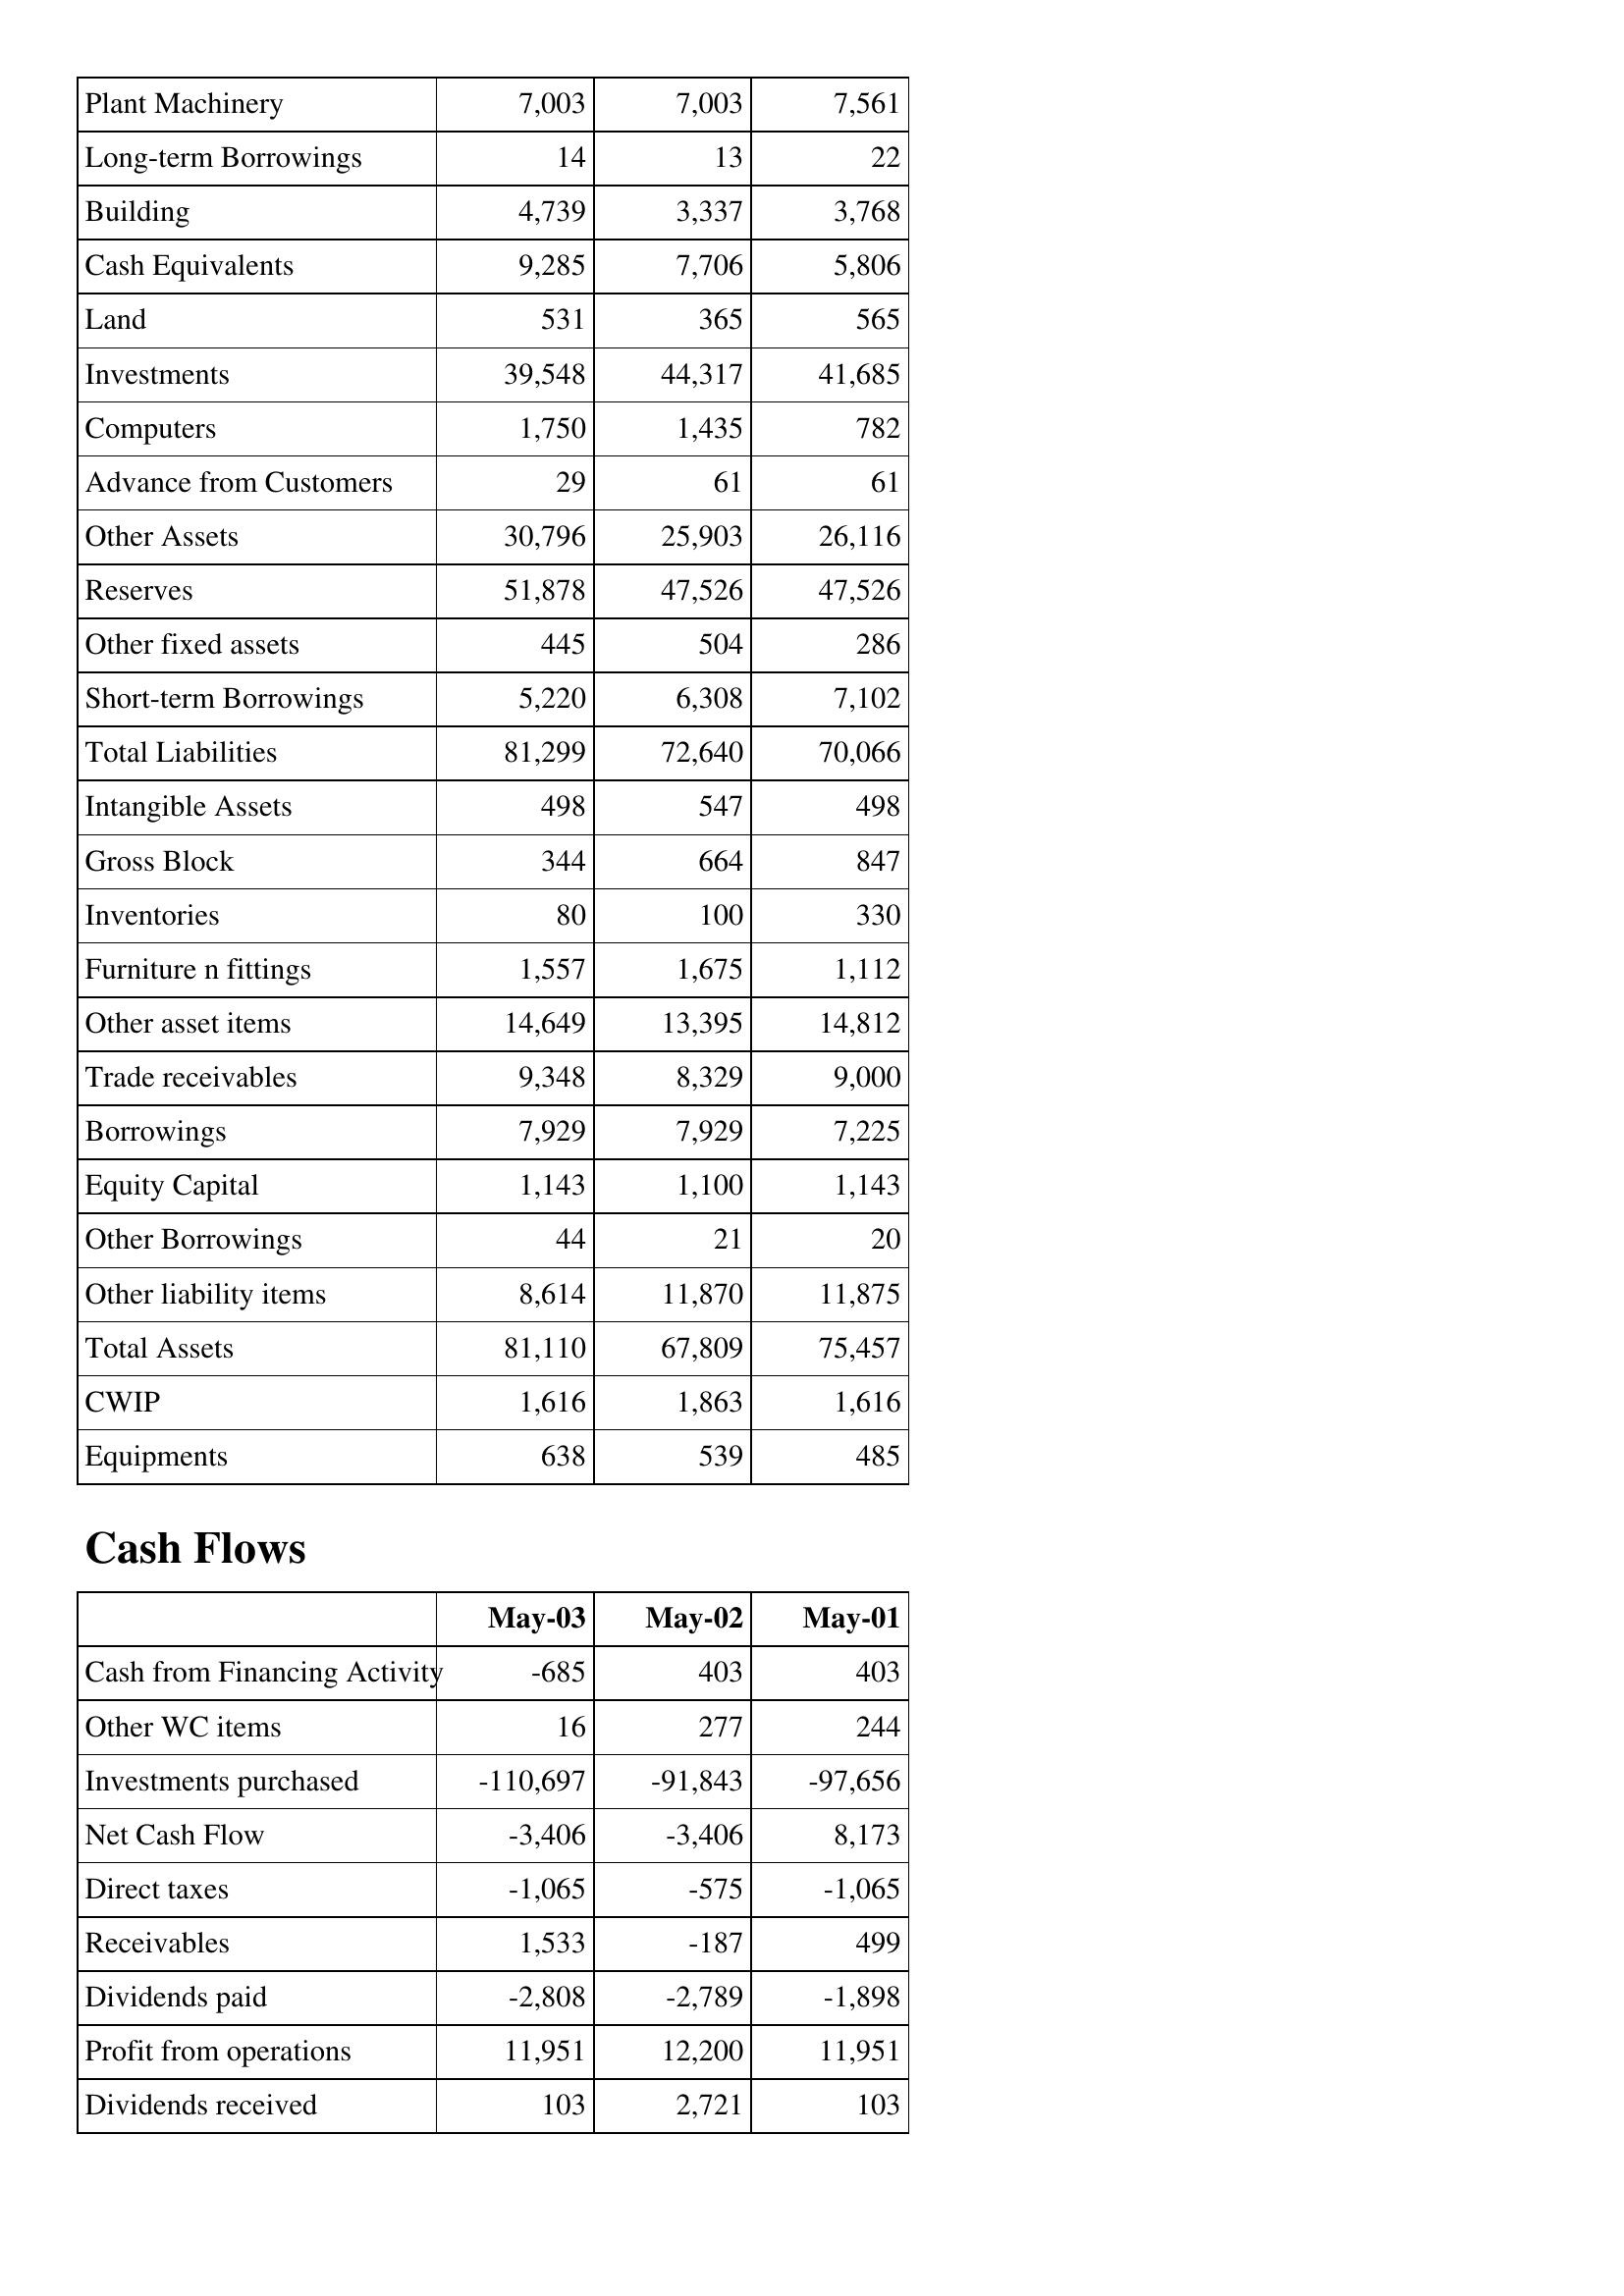
May-03: Balance Sheet: Plant Machinery: 7,003
Long-term Borrowings: 14
Building: 4,739
Cash Equivalents: 9,285
Land: 531
Investments: 39,548
Computers: 1,750
Advance from Customers: 29
Other Assets: 30,796
Reserves: 51,878
Other fixed assets: 445
Short-term Borrowings: 5,220
Total Liabilities: 81,299
Intangible Assets: 498
Gross Block: 344
Inventories: 80
Furniture n fittings: 1,557
Other asset items: 14,649
Trade receivables: 9,348
Borrowings: 7,929
Equity Capital: 1,143
Other Borrowings: 44
Other liability items: 8,614
Total Assets: 81,110
CWIP: 1,616
Equipments: 638
Cash Flows: Cash from Financing Activity: -685
Other WC items: 16
Investments purchased: -110,697
Net Cash Flow: -3,406
Direct taxes: -1,065
Receivables: 1,533
Dividends paid: -2,808
Profit from operations: 11,951
Dividends received: 103
May-02: Balance Sheet: Plant Machinery: 7,003
Long-term Borrowings: 13
Building: 3,337
Cash Equivalents: 7,706
Land: 365
Investments: 44,317
Computers: 1,435
Advance from Customers: 61
Other Assets: 25,903
Reserves: 47,526
Other fixed assets: 504
Short-term Borrowings: 6,308
Total Liabilities: 72,640
Intangible Assets: 547
Gross Block: 664
Inventories: 100
Furniture n fittings: 1,675
Other asset items: 13,395
Trade receivables: 8,329
Borrowings: 7,929
Equity Capital: 1,100
Other Borrowings: 21
Other liability items: 11,870
Total Assets: 67,809
CWIP: 1,863
Equipments: 539
Cash Flows: Cash from Financing Activity: 403
Other WC items: 277
Investments purchased: -91,843
Net Cash Flow: -3,406
Direct taxes: -575
Receivables: -187
Dividends paid: -2,789
Profit from operations: 12,200
Dividends received: 2,721
May-01: Balance Sheet: Plant Machinery: 7,561
Long-term Borrowings: 22
Building: 3,768
Cash Equivalents: 5,806
Land: 565
Investments: 41,685
Computers: 782
Advance from Customers: 61
Other Assets: 26,116
Reserves: 47,526
Other fixed assets: 286
Short-term Borrowings: 7,102
Total Liabilities: 70,066
Intangible Assets: 498
Gross Block: 847
Inventories: 330
Furniture n fittings: 1,112
Other asset items: 14,812
Trade receivables: 9,000
Borrowings: 7,225
Equity Capital: 1,143
Other Borrowings: 20
Other liability items: 11,875
Total Assets: 75,457
CWIP: 1,616
Equipments: 485
Cash Flows: Cash from Financing Activity: 403
Other WC items: 244
Investments purchased: -97,656
Net Cash Flow: 8,173
Direct taxes: -1,065
Receivables: 499
Dividends paid: -1,898
Profit from operations: 11,951
Dividends received: 103